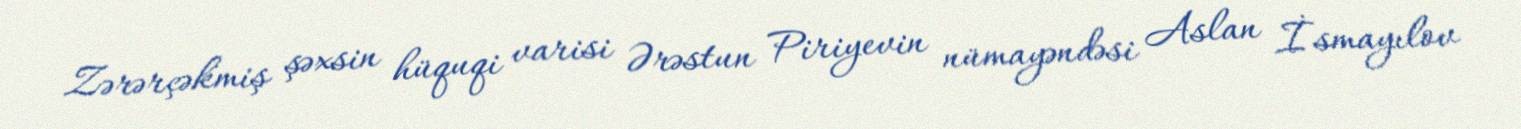
Zərərçəkmiş şəxsin hüquqi varisi Ərəstun Piriyevin nümayəndəsi Aslan İsmayılov